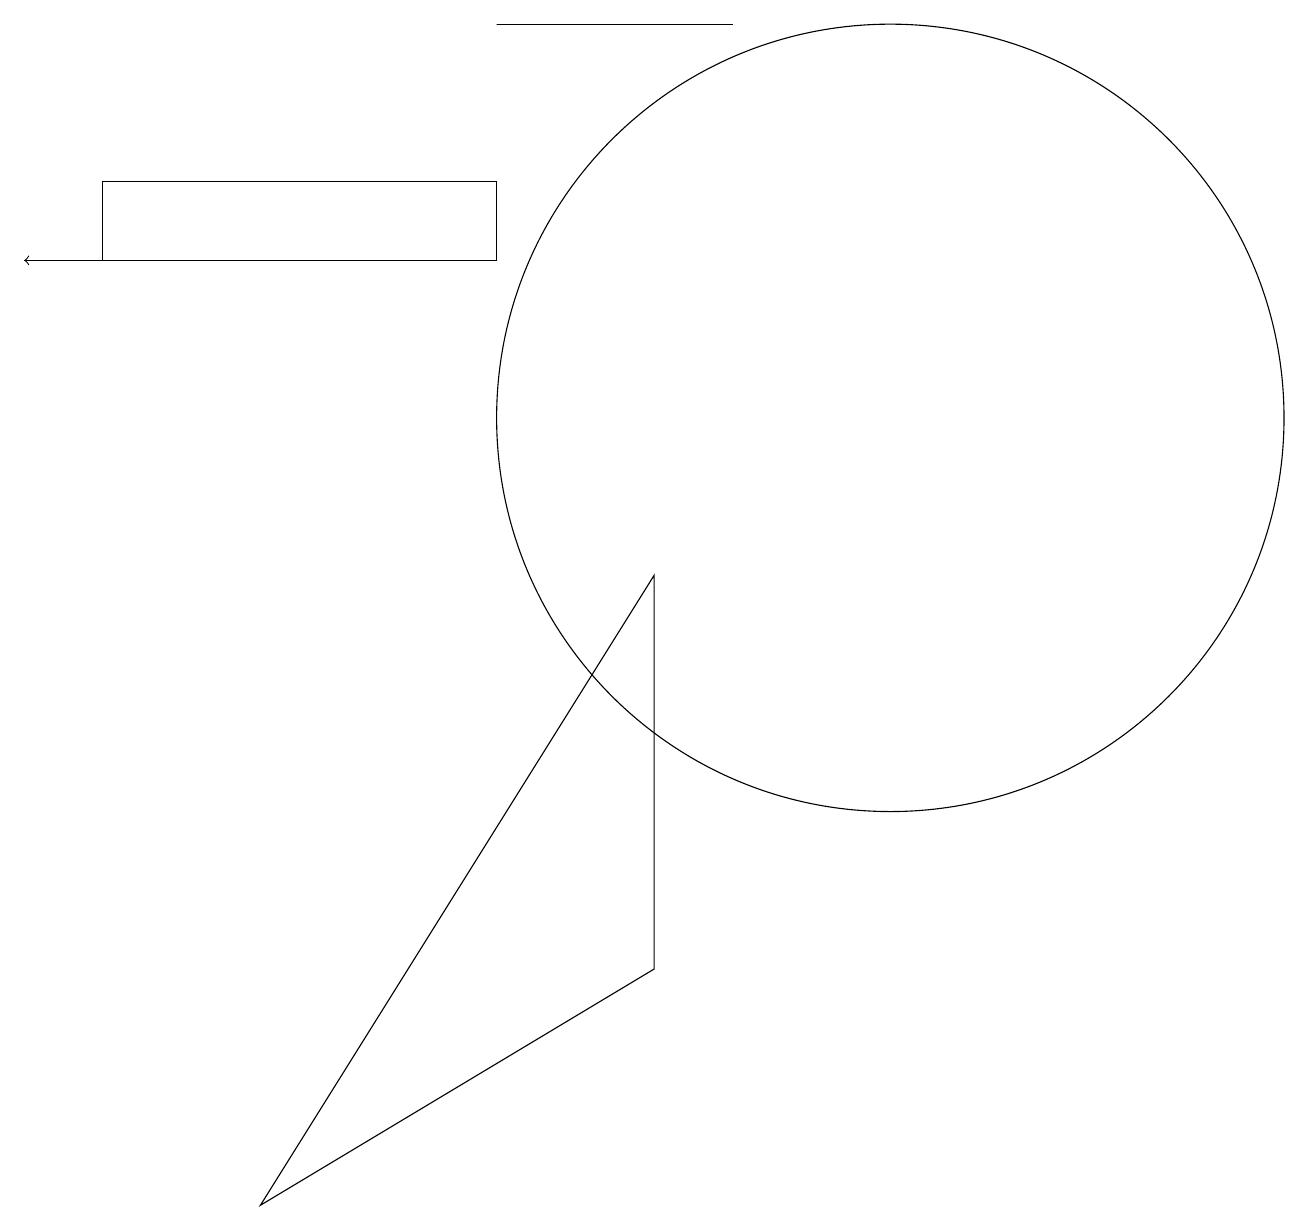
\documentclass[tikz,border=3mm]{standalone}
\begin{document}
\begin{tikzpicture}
\draw (8,4) -- (8,9) -- (3,1) -- cycle;
\draw (1,13) rectangle (6,14);
\draw[->] (6,13) -- (0,13);
\draw (11,11) circle (5);
\draw (9,16) rectangle (6,16);
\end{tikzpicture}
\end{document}